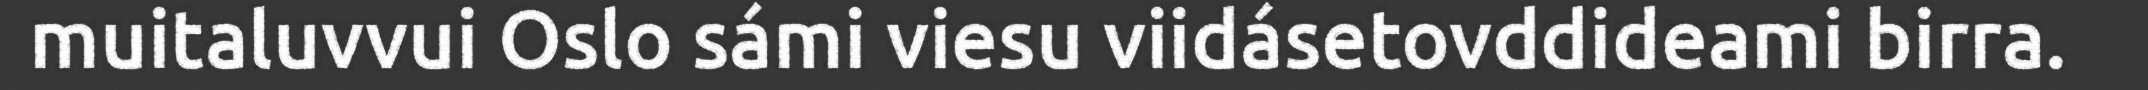
muitaluvvui Oslo sámi viesu viidásetovddideami birra.